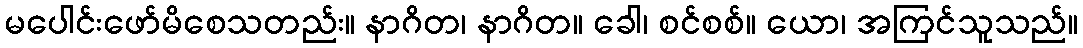
မပေါင်းဖော်မိစေသတည်း။ နာဂိတ၊ နာဂိတ။ ခေါ၊ စင်စစ်။ ယော၊ အကြင်သူသည်။